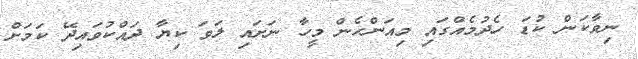
ނިވާކަން ކުޑަ ހެދުމެއްގައި މިއަންހެން މީހާ ނަށައި ލަވަ ކިޔާ ދައްކުވައިދޭ ކަމަށް